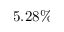
5 . 2 8 \%